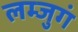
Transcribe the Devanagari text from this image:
लम्जुगं